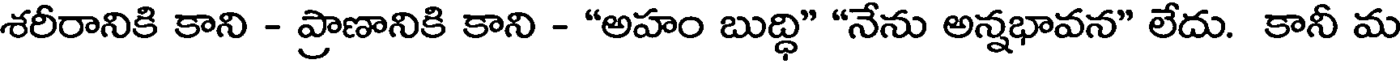
శరీరానికి కాని - ప్రాణానికి కాని - "అహం బుద్ధి" "నేను అన్నభావన" లేదు. కానీ మ